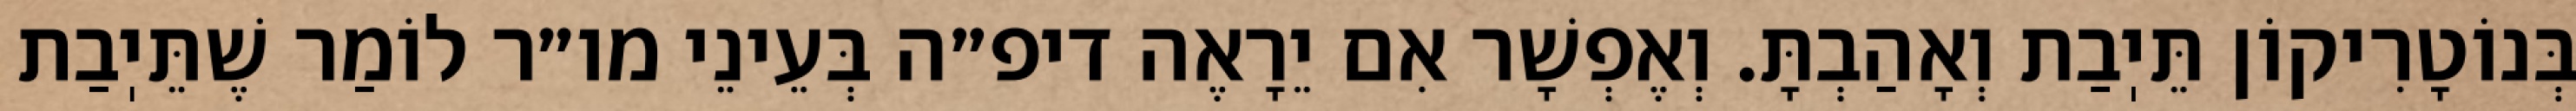
בְּנוֹטָרִיקוֹן תֵּיֽבַת וְאָהַבְתָּ. וְאֶפְשָׁר אִם יֵרָאֶה דיפ״ה בְּעֵינֵי מו״ר לוֹמַר שֶׁתֵּיֽבַת